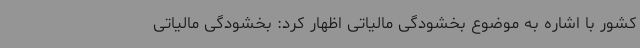
کشور با اشاره به موضوع بخشودگی مالیاتی اظهار کرد: بخشودگی مالیاتی